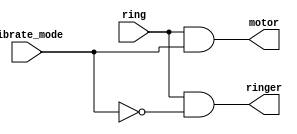
/*Suppose you are designing a circuit to control a cellphone's ringer and vibration motor. 
Whenever the phone needs to ring from an incoming call (input ring), your circuit must either turn on the ringer 
(output ringer = 1) or the motor (output motor = 1), but not both. If the phone is in vibrate mode (input vibrate_mode = 1), turn on the motor. Otherwise, turn on the ringer.

Try to use only assign statements, to see whether you can translate a problem description into a collection of logic gates.*/
module top_module (
    input ring,
    input vibrate_mode,
    output ringer,       // Make sound
    output motor         // Vibrate
);
    assign ringer=ring&(~(vibrate_mode));
    assign motor=ring&vibrate_mode;
endmodule